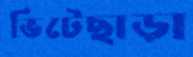
ভিটেছাড়া